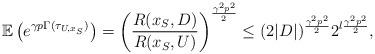
LaTeX: \begin{align*}\mathbb{E}\left(e^{\gamma p\Gamma(\tau_{U,x_S})}\right)=\bigg(\frac{R(x_S,D)}{R(x_S,U)}\bigg)^{\frac{\gamma^2p^2}{2}}\le (2|D|)^{\frac{\gamma^2p^2}{2}} 2^{l \frac{\gamma^2p^2}{2}},\end{align*}